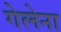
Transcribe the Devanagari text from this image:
गेलेना